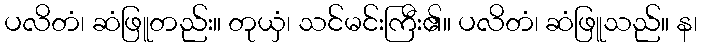
ပလိတံ၊ ဆံဖြူတည်း။ တုယှံ၊ သင်မင်းကြီး၏။ ပလိတံ၊ ဆံဖြူသည်။ န၊